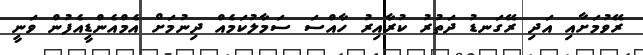
ރޭވުމަށާއި އަދި ރޭގަނޑު ދަތުރު ކުރާއިރު ހާއްސަ ސަމާލުކަމެއް ދިނުމަށް އެމްއެންޑީއެފުން ވަނީ